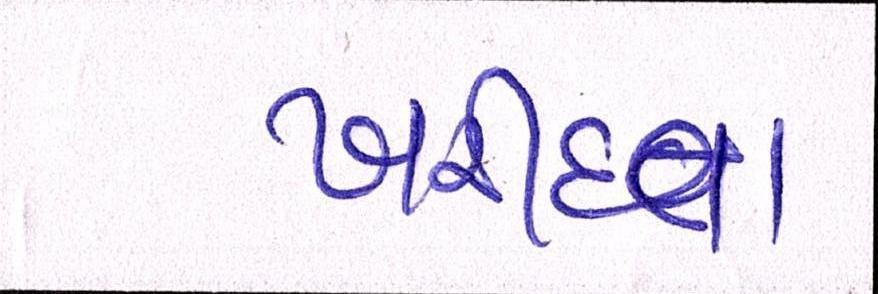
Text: ખરીદતા